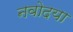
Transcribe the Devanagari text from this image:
नवोदया